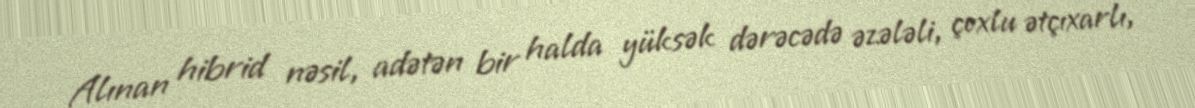
Alınan hibrid nəsil, adətən bir halda yüksək dərəcədə əzələli, çoxlu ətçıxarlı,